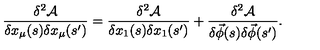
\frac { \delta ^ { 2 } \mathcal { A } } { \delta x _ { \mu } ( s ) \delta x _ { \mu } ( s ^ { \prime } ) } = \frac { \delta ^ { 2 } \mathcal { A } } { \delta x _ { 1 } ( s ) \delta x _ { 1 } ( s ^ { \prime } ) } + \frac { \delta ^ { 2 } \mathcal { A } } { \delta \vec { \phi } ( s ) \delta \vec { \phi } ( s ^ { \prime } ) } .